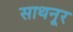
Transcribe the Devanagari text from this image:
साथनूर